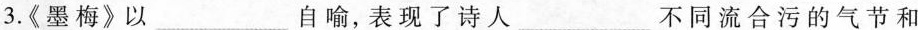
3.《墨梅》以___自喻，表现了诗人___不同流合污的气节和